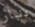
دنبار